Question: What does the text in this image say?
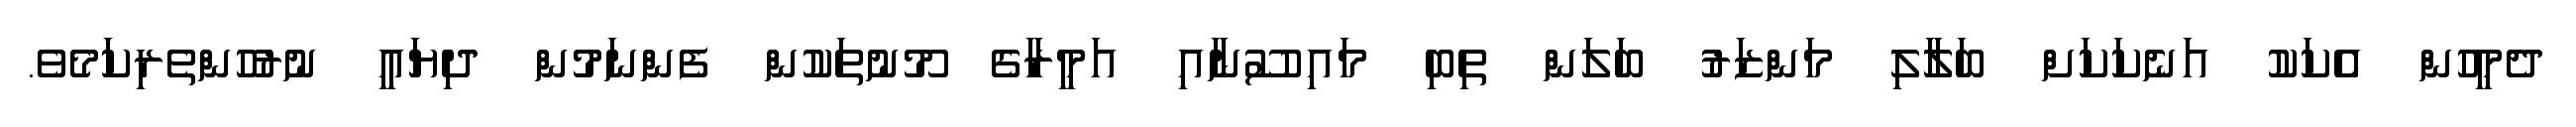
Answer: ދެމީހުން އެކަކު އަނެކަކަށް ބަލާލި މަންޒަރު ބަލަން ތިބި މައިސޫނާއި އަމީރާގެ މޫނުތަކުން ފެންނަމުން ދިޔައީ ނުރުހުންތެރިކަމެވެ.